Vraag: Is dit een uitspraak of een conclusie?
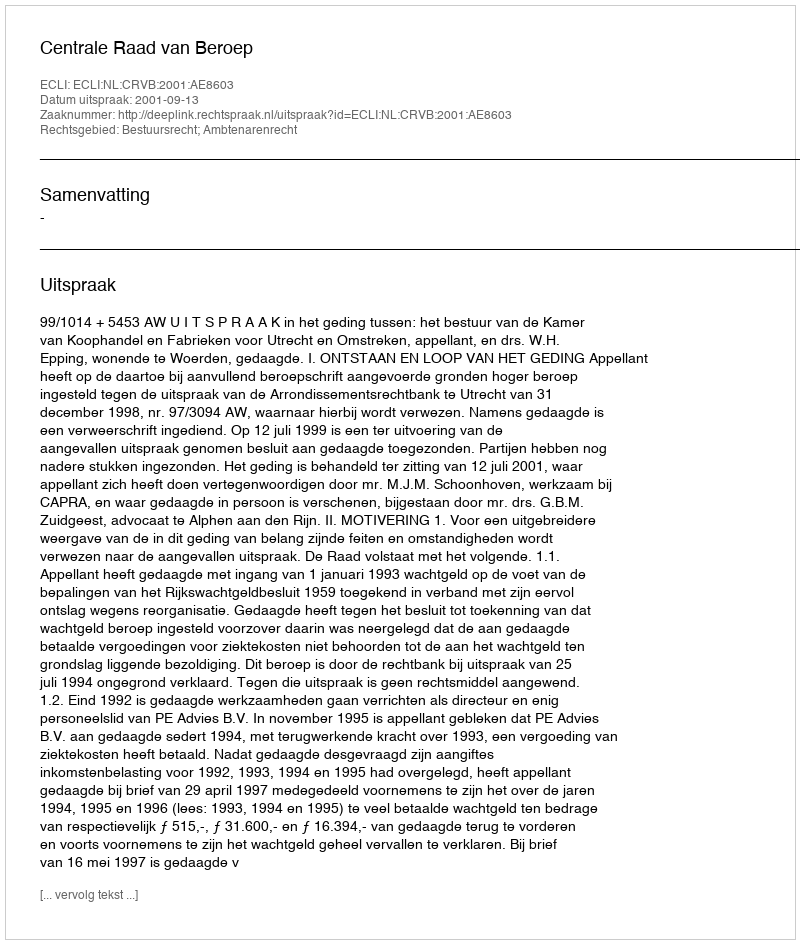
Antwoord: Uitspraak